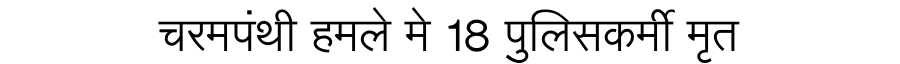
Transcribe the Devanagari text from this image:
चरमपंथी हमले मे 18 पुलिसकर्मी मृत